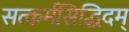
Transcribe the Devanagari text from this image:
सत्कर्मसिद्धिदम्